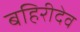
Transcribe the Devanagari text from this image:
बहिरीदेव